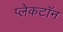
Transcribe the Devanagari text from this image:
प्लेकटॉन